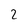
Character: 2